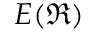
E ( \mathfrak { R } )